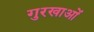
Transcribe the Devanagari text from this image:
गुरखाओं